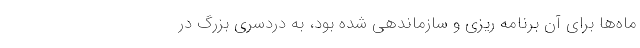
ماه‌ها برای آن برنامه ریزی و سازماندهی شده بود، به دردسری بزرگ در